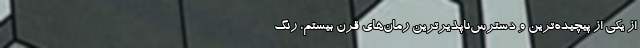
از یکی از پیچیده‌ترین و دسترس‌ناپذیر‌ترین رمان‌های قرن بیستم، رنگ